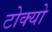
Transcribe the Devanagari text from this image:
टोक्‍यो